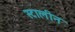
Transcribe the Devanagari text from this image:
स्टालीन